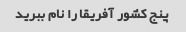
پنج کشور آفریقا را نام ببرید